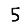
Digit: 5